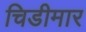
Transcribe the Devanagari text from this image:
चिडीमार